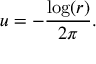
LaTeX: u = - { \frac { \log ( r ) } { 2 \pi } } .